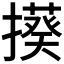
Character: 𭢦